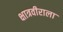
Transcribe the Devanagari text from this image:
क्षात्रवीराला